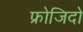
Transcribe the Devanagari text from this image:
फ्रोजिदो